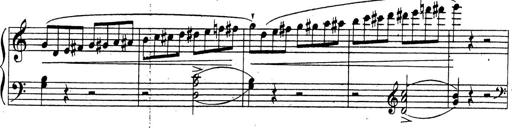
Title: 10 Sonatinas
Composer: Fritz Spindler